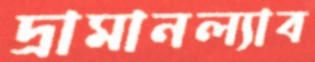
দ্রামানল্যাব